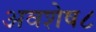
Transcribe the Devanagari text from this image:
अवशेष८